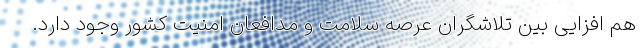
هم افزایی بین تلاشگران عرصه سلامت و مدافعان امنیت کشور وجود دارد.